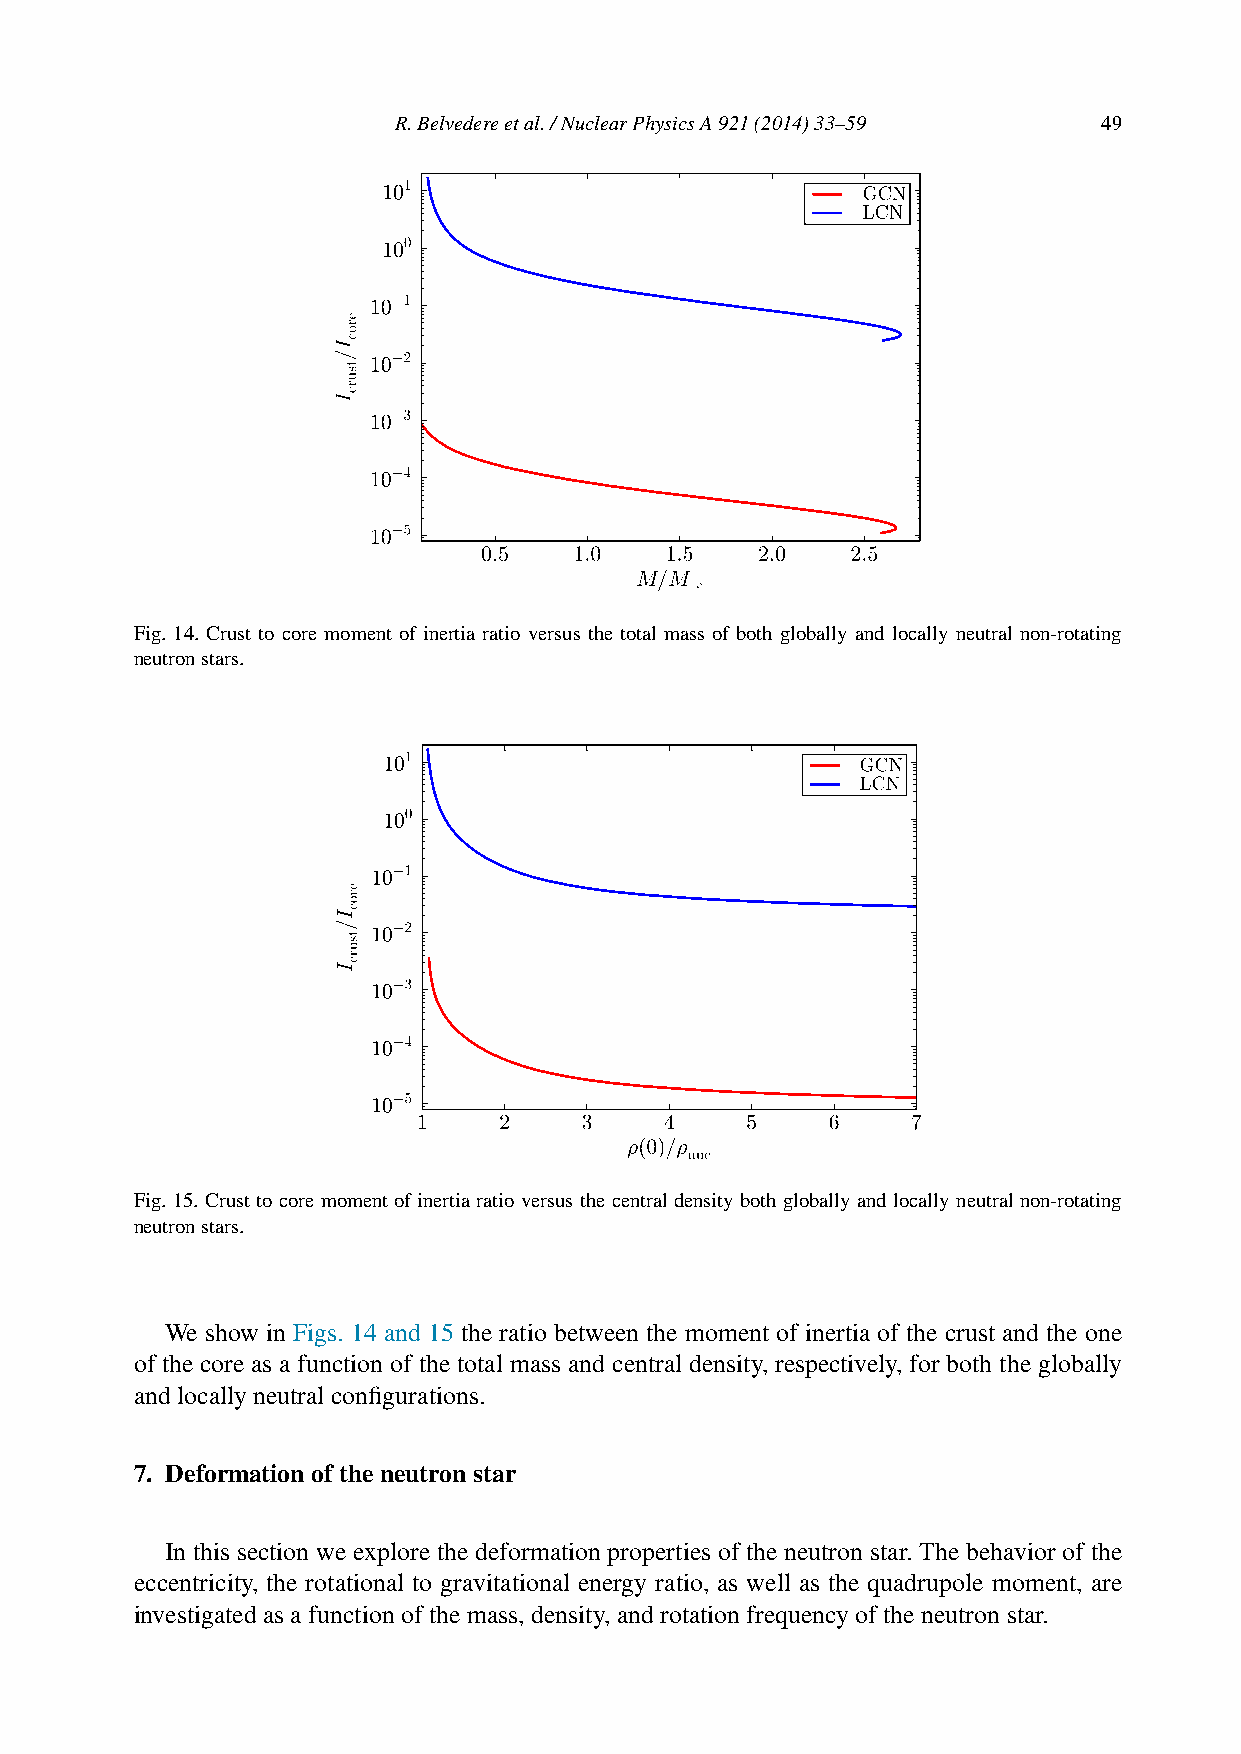
R.Belvedereetal./NuclearPhysicsA921(2014)33–59 49
 Fig. 14. Crust to core moment of inertia ratio versus the total mass of both globally and locally neutral non-rotating
 neutronstars.
 Fig. 15. Crust to core moment of inertia ratio versus the central density both globally and locally neutral non-rotating
 neutronstars.
 We show in Figs. 14 and 15 the ratio between the moment of inertia of the crust and the one
 of the core as a function of the total mass and central density, respectively, for both the globally
 and locally neutral configurations.
 7. Deformation of the neutron star
 In this section we explore the deformation properties of the neutron star. The behavior of the
 eccentricity, the rotational to gravitational energy ratio, as well as the quadrupole moment, are
 investigated as a function of the mass, density, and rotation frequency of the neutron star.